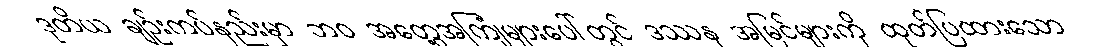
ဒုတိယ ချဉ်းကပ်နည်းမှာ ဘဝ အတွေ့အကြုံများပေါ်တွင် ဒဿန အမြင်များကို ထုတ်ပြထားသော